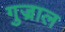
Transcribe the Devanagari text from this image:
गुज्राल